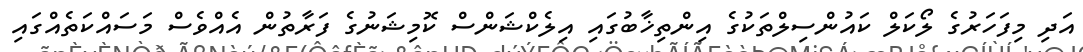
އަދި މިފަހަރުގެ ލޯކަލް ކައުންސިލްތަކުގެ އިންތިޚާބުގައި އިލެކްޝަންސް ކޮމިޝަނުގެ ފަރާތުން އެއްވެސް މަސައްކަތެއްގައި